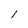
Character: l